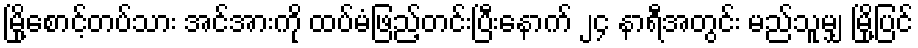
မြို့စောင့်တပ်သား အင်အားကို ထပ်မံဖြည့်တင်းပြီးနောက် ၂၄ နာရီအတွင်း မည်သူမျှ မြို့ပြင်